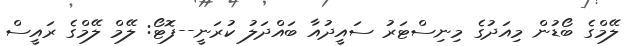
ލޭމްގެ ބޯޑުން މިއަދުގެ މިނިސްޓަރު ސައީދުއާ ބައްދަލު ކުރަނީ--ފޮޓޯ: ލޭމް ލޭމްގެ ރައީސް